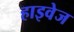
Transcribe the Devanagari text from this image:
हाइवेज